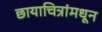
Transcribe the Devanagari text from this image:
छायाचित्रांमधून